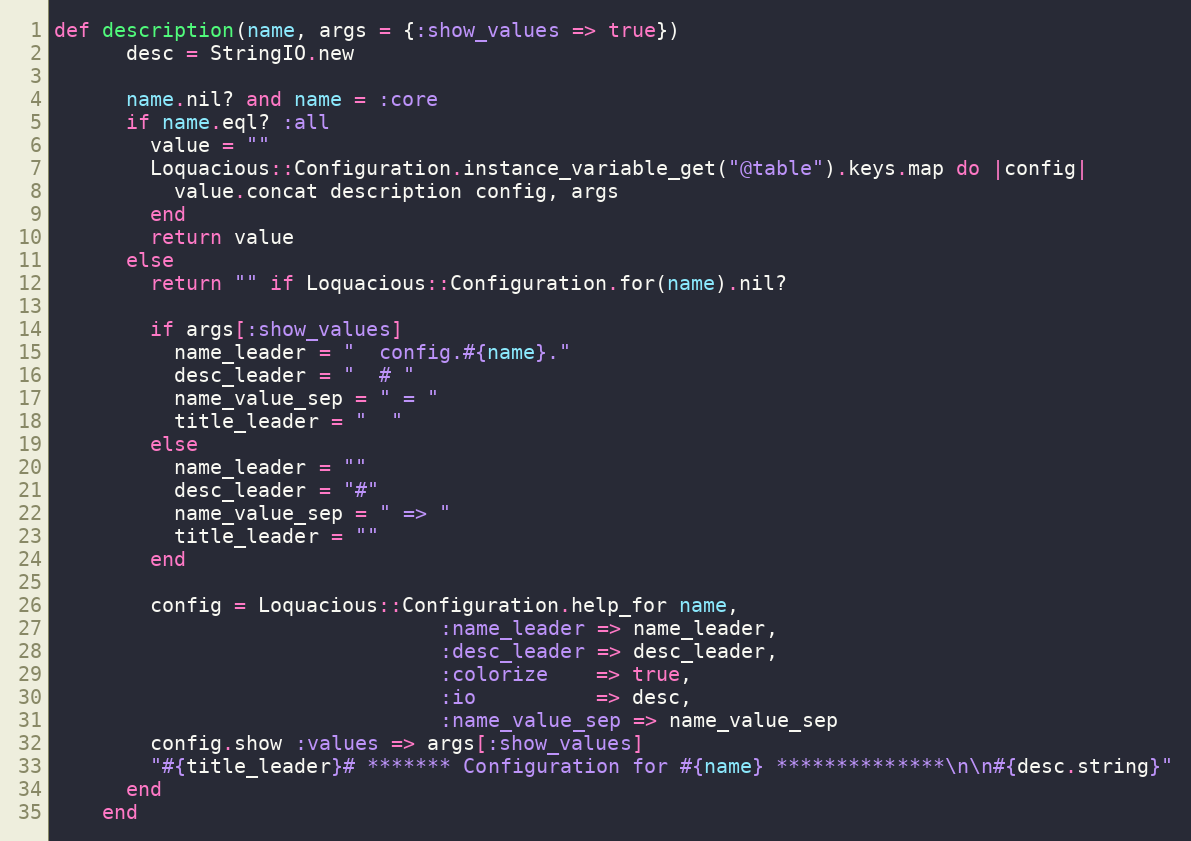
Language: Ruby
def description(name, args = {:show_values => true})
      desc = StringIO.new

      name.nil? and name = :core
      if name.eql? :all
        value = ""
        Loquacious::Configuration.instance_variable_get("@table").keys.map do |config|
          value.concat description config, args
        end
        return value
      else
        return "" if Loquacious::Configuration.for(name).nil?

        if args[:show_values]
          name_leader = "  config.#{name}."
          desc_leader = "  # "
          name_value_sep = " = "
          title_leader = "  "
        else
          name_leader = ""
          desc_leader = "#"
          name_value_sep = " => "
          title_leader = ""
        end

        config = Loquacious::Configuration.help_for name,
                                :name_leader => name_leader,
                                :desc_leader => desc_leader,
                                :colorize    => true,
                                :io          => desc,
                                :name_value_sep => name_value_sep
        config.show :values => args[:show_values]
        "#{title_leader}# ******* Configuration for #{name} **************\n\n#{desc.string}"
      end
    end